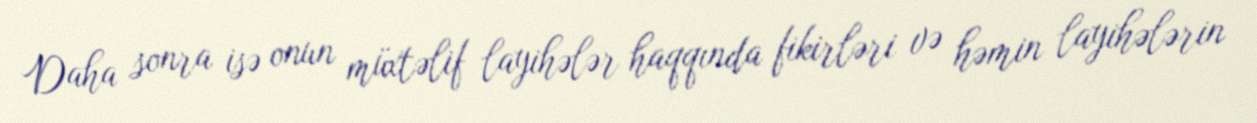
Daha sonra isə onun müxtəlif layihələr haqqında fikirləri və həmin layihələrin